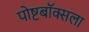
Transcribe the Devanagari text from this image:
पोष्टबॉक्सला